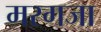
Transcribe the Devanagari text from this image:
मरगजा